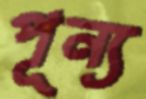
পূন্য